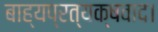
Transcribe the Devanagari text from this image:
बाह्यप्रत्यक्षवाद।